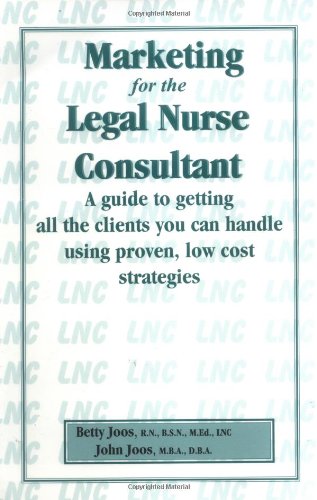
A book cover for Marketing for the Legal Nurse Consultant; John Joos; Law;